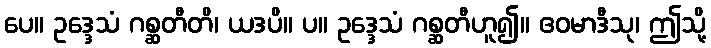
ပေ။ ဥဒ္ဒေသံ ဂစ္ဆတီတိ၊ ယဒပိ။ ပ။ ဥဒ္ဒေသံ ဂစ္ဆတီဟူ၍။ ဧဝမာဒီသု၊ ဤသို့